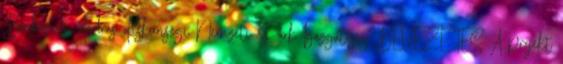
Bankovics András Kiskunsági Nemzeti Park Igazgatóság BEVEZETÉS A projekt